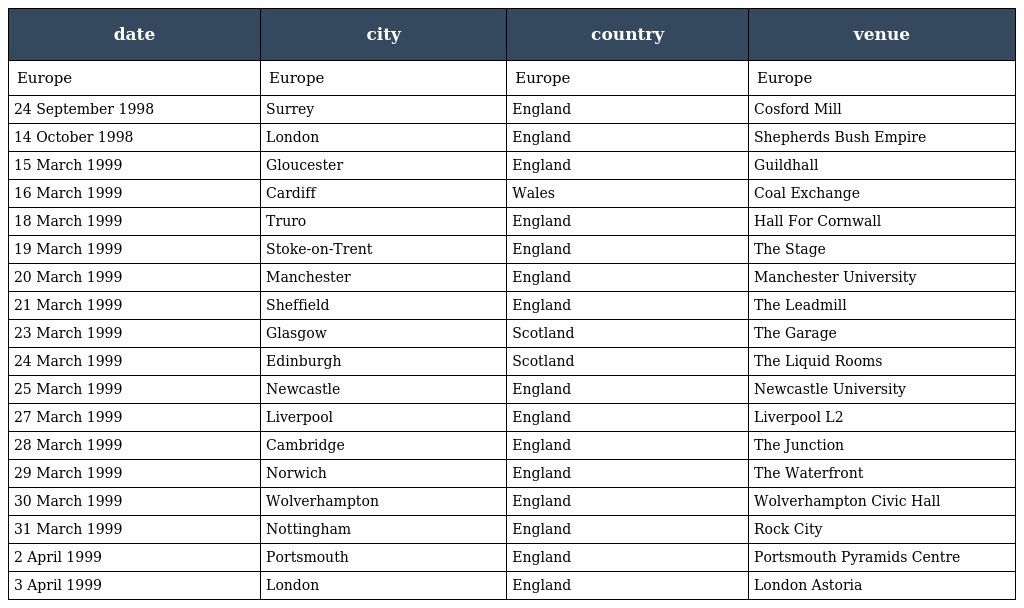
| date | city | country | venue |
 | --- | --- | --- | --- |
 | Europe | Europe | Europe | Europe |
 | 24 September 1998 | Surrey | England | Cosford Mill |
 | 14 October 1998 | London | England | Shepherds Bush Empire |
 | 15 March 1999 | Gloucester | England | Guildhall |
 | 16 March 1999 | Cardiff | Wales | Coal Exchange |
 | 18 March 1999 | Truro | England | Hall For Cornwall |
 | 19 March 1999 | Stoke-on-Trent | England | The Stage |
 | 20 March 1999 | Manchester | England | Manchester University |
 | 21 March 1999 | Sheffield | England | The Leadmill |
 | 23 March 1999 | Glasgow | Scotland | The Garage |
 | 24 March 1999 | Edinburgh | Scotland | The Liquid Rooms |
 | 25 March 1999 | Newcastle | England | Newcastle University |
 | 27 March 1999 | Liverpool | England | Liverpool L2 |
 | 28 March 1999 | Cambridge | England | The Junction |
 | 29 March 1999 | Norwich | England | The Waterfront |
 | 30 March 1999 | Wolverhampton | England | Wolverhampton Civic Hall |
 | 31 March 1999 | Nottingham | England | Rock City |
 | 2 April 1999 | Portsmouth | England | Portsmouth Pyramids Centre |
 | 3 April 1999 | London | England | London Astoria |